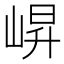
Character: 𭖬